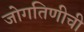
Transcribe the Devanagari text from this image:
जोगतिणीची